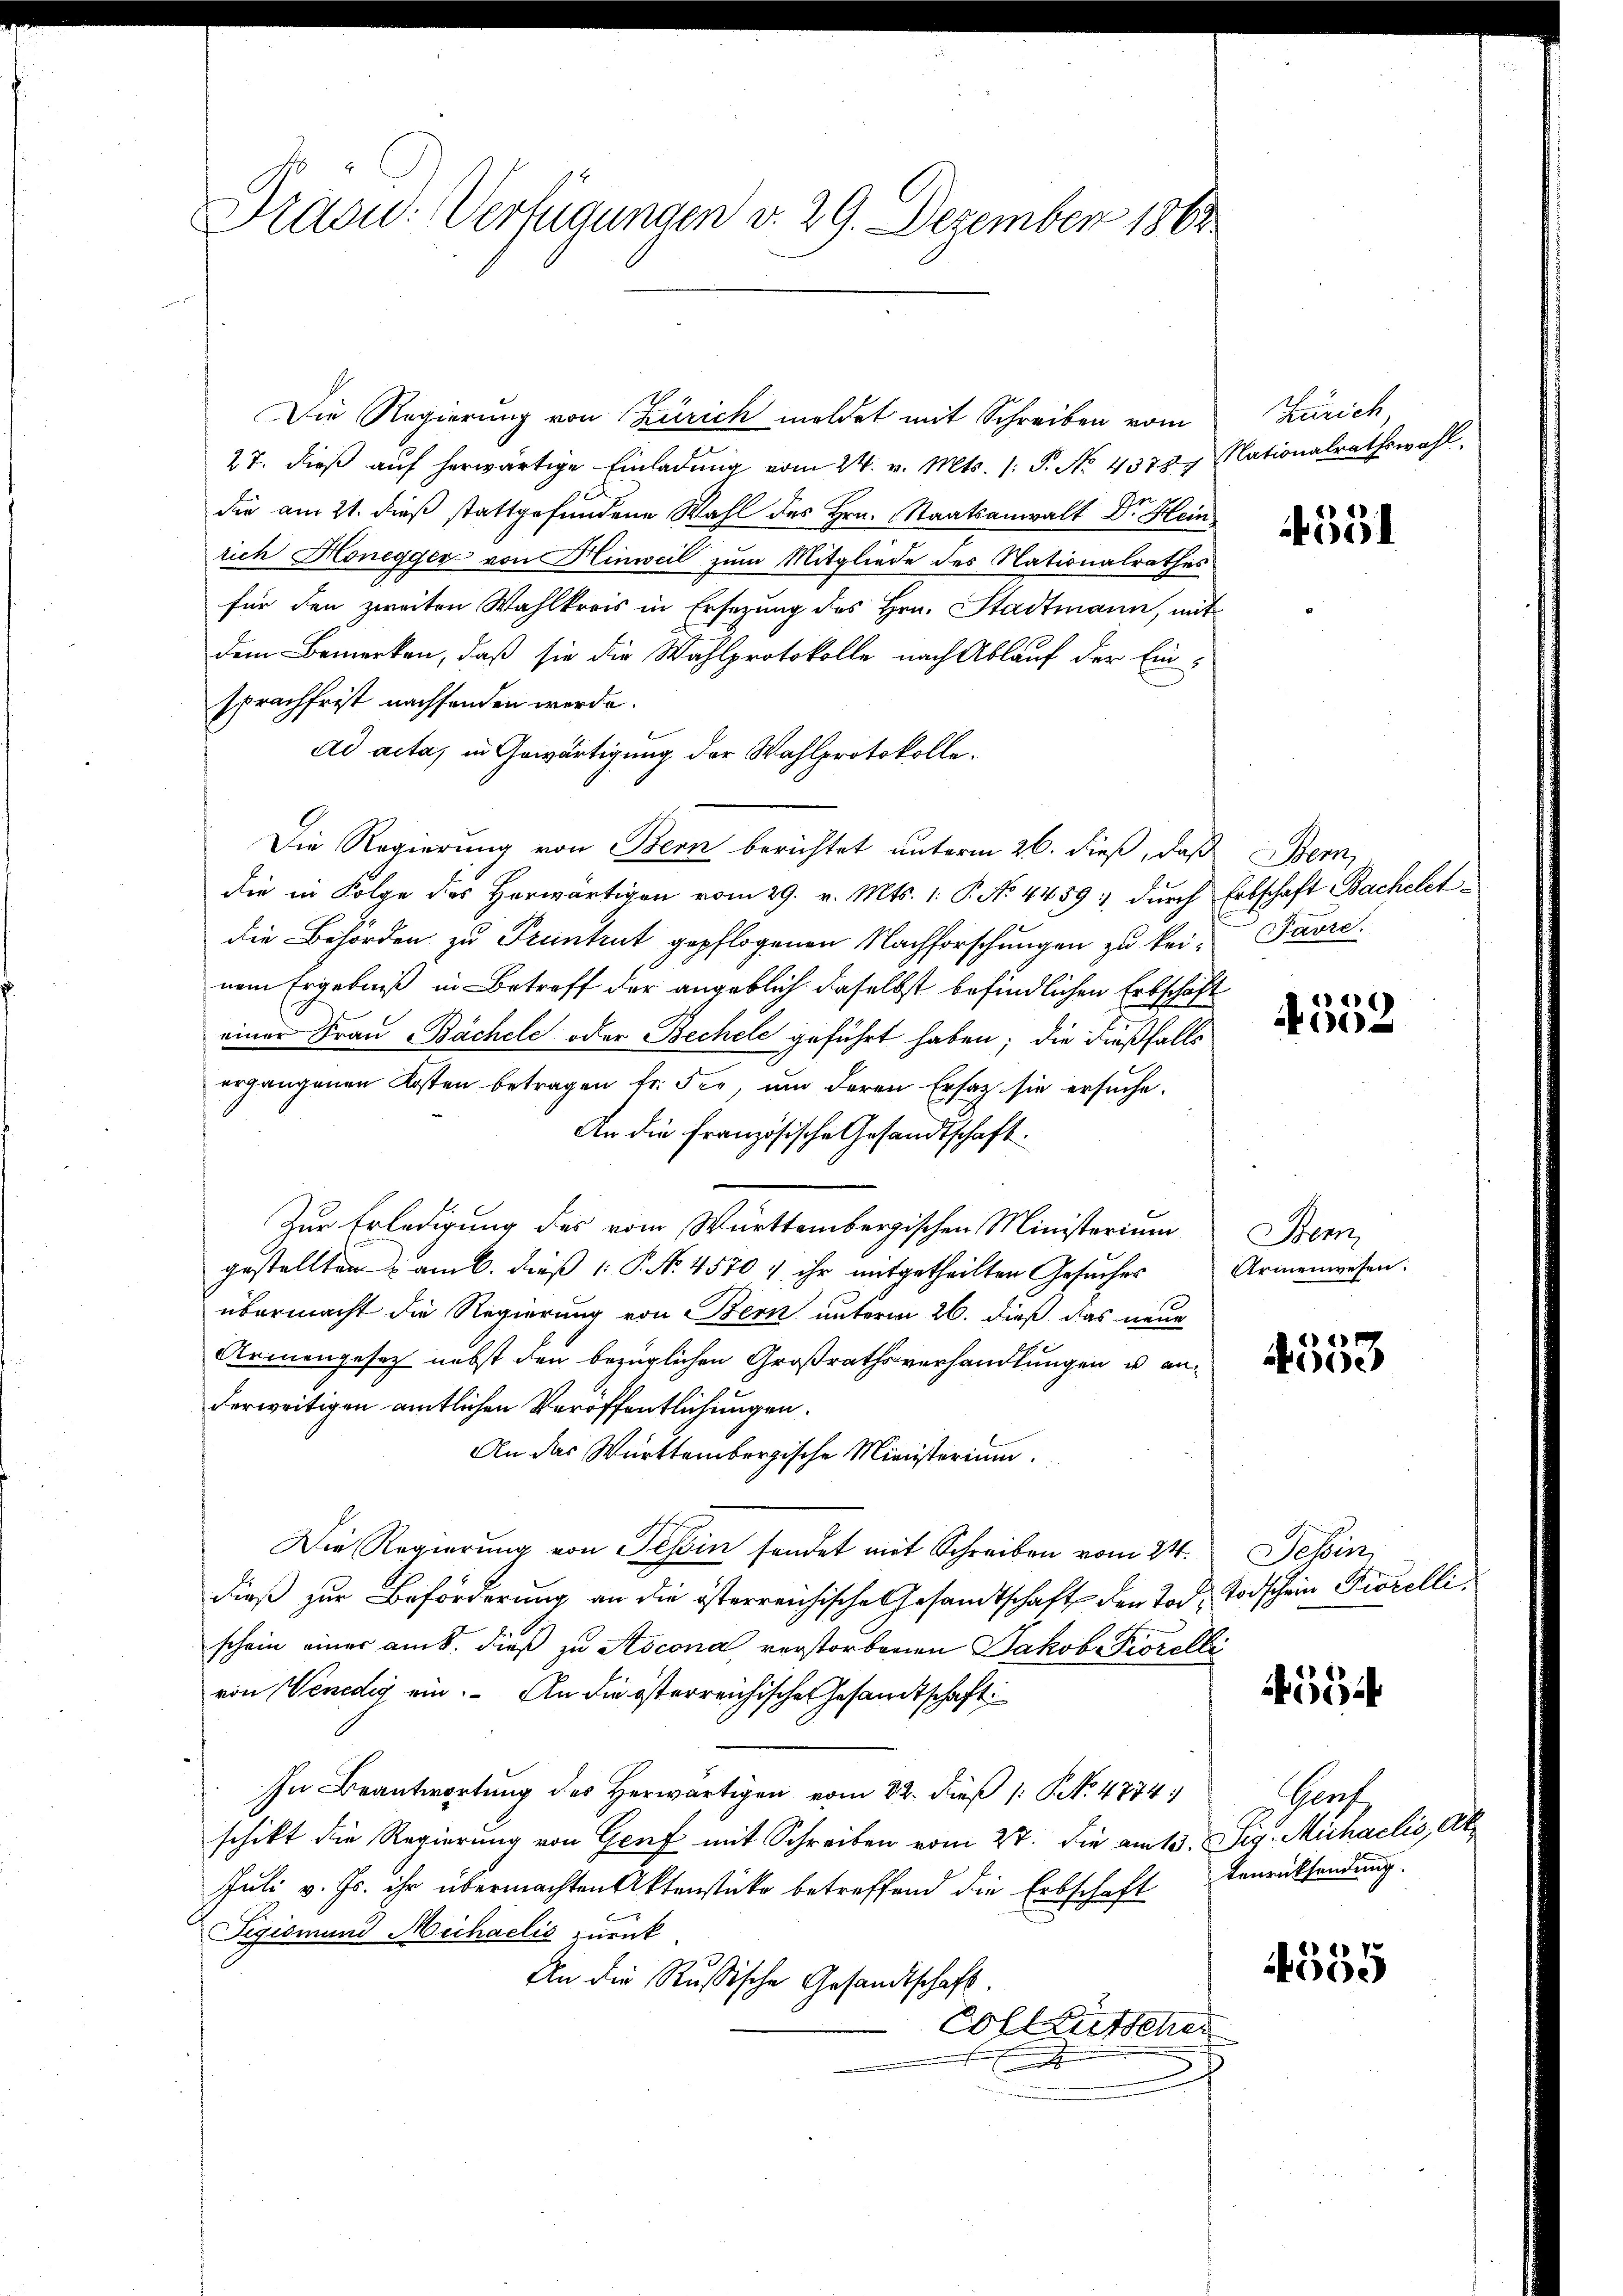
Prägu: Verfügungen v. 29. Dezember 1862

Die Regierung von Zürich meldet mit Schreiben vom Zürich,
27. dieβ aŭf herwärtige Einladŭng vom 24. v. Mts. 1. P. No. 4378. Nationalrathswahl.
die am 21. dieß stattgefundene Wahl des Hrn. Staatsanwalt Dr. Hein
rich Honegger von Hinweil zum Mitgliede des Nationalrathes
für den zweiten Wahlkreis in Ersezung des Hrn. Stadtmann, mit
dem Bemerken, daß sie die Wahlprotokolle nach Ablauf der Ein-
sprachfrist nachhanden werde.
ad acta, in Gewärtigung der Wahlprotokolle.
Die Regierung von Bern berichtet unterm 26. dieß, daß Bern,
die in Folge des herwärtigen vom 29. v. Mts. 1. P. No 4459 durch Erbschaft Bachelet
die Behörden zu Prentent gepflogenen Nachforschungen zu kei- Favrenem Ergebniß in Betreff der angeblich daselbst befindlichen Erbschäft
einer Frau Bächele oder Bechele geführt haben; die dießfalls
ergangenen Kosten betragen fr. der, um deren Ersatz sie ersuche.
An die französische Gesandtschaft.
Zur Erledigung des vom Württembergischen Ministerium Bern,
gestellten & am 6. dieß P. No. 4570 & ihr mitgetheilten Gesuches
übermacht die Regierung von Bern unterm 26. dieß das neue
Armengesetz nebst den bezüglichen Großrathsverhandlungen u. an
derweitigen amtlichen Veröffentlichungen.
An das Württembergische Ministerium.
Die Regierŭng von Tessin sendet mit Schreiben vom 24. Febin
dieß zur Beförderung an die österreichische Gesandtschaft den Tod. Todschein Prorellischein einer am 8. dieß zu Ascona verstorbenen Jakob Fiorelli
von Venedig ein. An die österreichische Gesandtschaft
In Beantwortung des Herwärtigen vom 22. dieß (: No 4774.
schikt die Regierung von Genf mit Schreiben vom 27. die am 13. Sig. Michaelis, Ak
Juli v. Js. ihr übermachten Aktenstücke betreffend die Erbschaft enrücksendung.
Tigismund Michaelis zurück.
An die Rußische Gesandtschaft.
Colleutscher
n

4351

16
2

Armenwesen.

4554

Grof

555